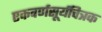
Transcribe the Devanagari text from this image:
एकवर्णसूर्यचित्रक